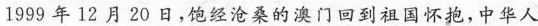
1999年12月20日，饱经沧桑的澳门回到祖国怀抱，中华人